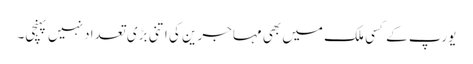
یورپ کے کسی ملک میں بھی مہاجرین کی اتنی بڑی تعداد نہیں پہنچی۔